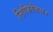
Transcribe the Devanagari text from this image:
सिफिलिस।